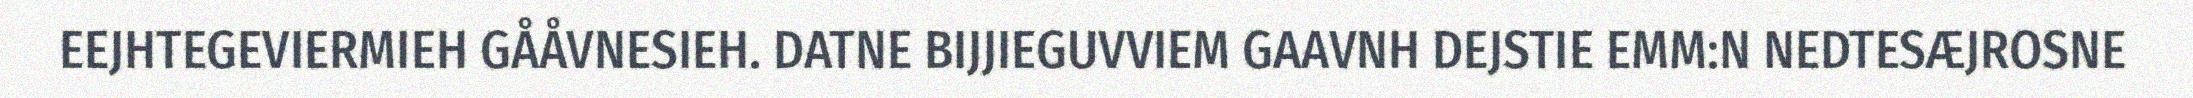
EEJHTEGEVIERMIEH GÅÅVNESIEH. DATNE BIJJIEGUVVIEM GAAVNH DEJSTIE EMM:N NEDTESÆJROSNE